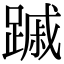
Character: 䠞